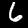
Label: 6